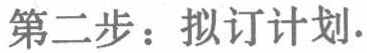
第二步：拟订计划.